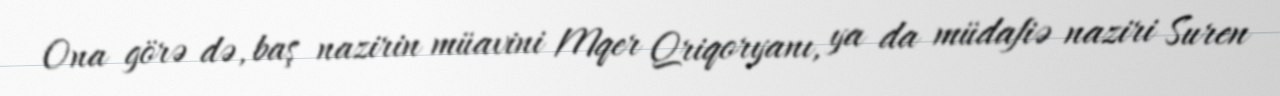
Ona görə də, baş nazirin müavini Mqer Qriqoryanı, ya da müdafiə naziri Suren